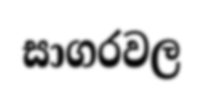
සාගරවල